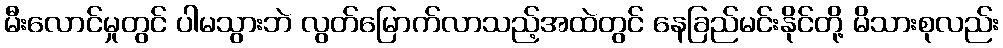
မီးလောင်မှုတွင် ပါမသွားဘဲ လွတ်မြောက်လာသည့်အထဲတွင် နေခြည်မင်းနိုင်တို့ မိသားစုလည်း